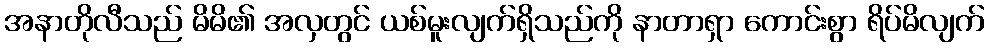
အနာတိုလီသည် မိမိ၏ အလှတွင် ယစ်မူးလျက်ရှိသည်ကို နာတာရှာ ကောင်းစွာ ရိပ်မိလျက်